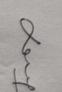
Signature authenticity: genuine